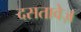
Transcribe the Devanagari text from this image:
दसतावेज़